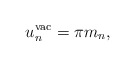
\begin{align*} u_n^{\mathrm{vac}}=\pi m_n,\end{align*}